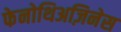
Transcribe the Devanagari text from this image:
फेनोथिअज़िनेस